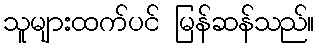
သူများထက်ပင် မြန်ဆန်သည်။